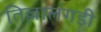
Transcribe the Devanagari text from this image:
तिल्लालंगडी